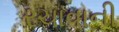
રચાવાની